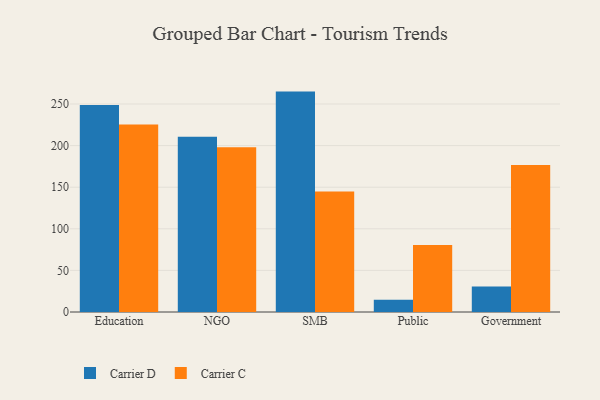
{"axis": {"x": "Segment", "y": "Demand Index"}, "legend": ["Carrier C", "Carrier D"], "data": [{"x": "Education", "y": 248.8, "type": "Carrier D"}, {"x": "Education", "y": 225.5, "type": "Carrier C"}, {"x": "NGO", "y": 210.5, "type": "Carrier D"}, {"x": "NGO", "y": 198.0, "type": "Carrier C"}, {"x": "SMB", "y": 264.9, "type": "Carrier D"}, {"x": "SMB", "y": 144.9, "type": "Carrier C"}, {"x": "Public", "y": 14.8, "type": "Carrier D"}, {"x": "Public", "y": 80.5, "type": "Carrier C"}, {"x": "Government", "y": 30.6, "type": "Carrier D"}, {"x": "Government", "y": 176.8, "type": "Carrier C"}]}